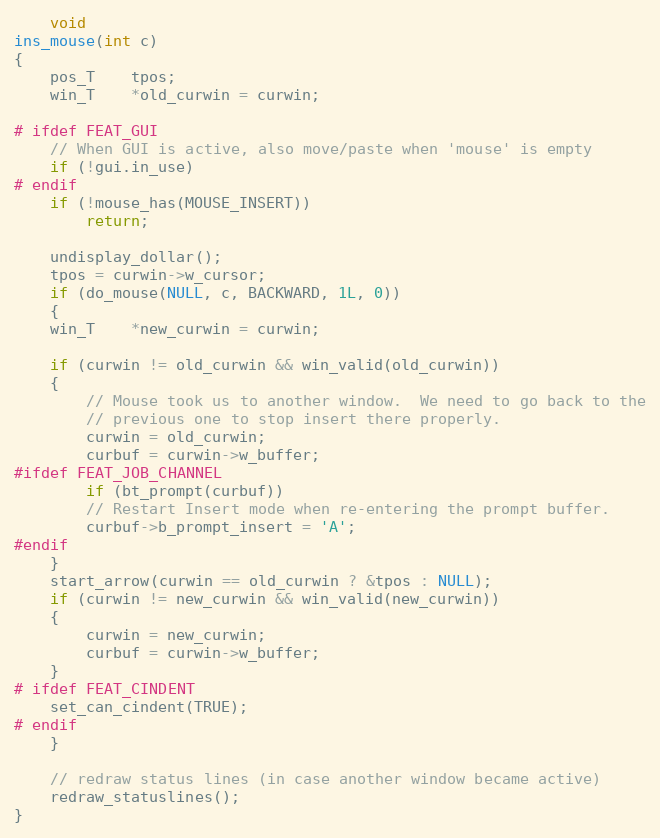
Language: C
    void
ins_mouse(int c)
{
    pos_T	tpos;
    win_T	*old_curwin = curwin;

# ifdef FEAT_GUI
    // When GUI is active, also move/paste when 'mouse' is empty
    if (!gui.in_use)
# endif
	if (!mouse_has(MOUSE_INSERT))
	    return;

    undisplay_dollar();
    tpos = curwin->w_cursor;
    if (do_mouse(NULL, c, BACKWARD, 1L, 0))
    {
	win_T	*new_curwin = curwin;

	if (curwin != old_curwin && win_valid(old_curwin))
	{
	    // Mouse took us to another window.  We need to go back to the
	    // previous one to stop insert there properly.
	    curwin = old_curwin;
	    curbuf = curwin->w_buffer;
#ifdef FEAT_JOB_CHANNEL
	    if (bt_prompt(curbuf))
		// Restart Insert mode when re-entering the prompt buffer.
		curbuf->b_prompt_insert = 'A';
#endif
	}
	start_arrow(curwin == old_curwin ? &tpos : NULL);
	if (curwin != new_curwin && win_valid(new_curwin))
	{
	    curwin = new_curwin;
	    curbuf = curwin->w_buffer;
	}
# ifdef FEAT_CINDENT
	set_can_cindent(TRUE);
# endif
    }

    // redraw status lines (in case another window became active)
    redraw_statuslines();
}